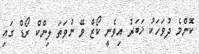
ކޮންމެ ދުވަހަކު ޚަބަރު އިވެނީ ކޯޒް ވޭ ނުވަތަ ލިންކް ރޯޑް ގައި